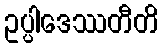
ဥပ္ပါဒေဿတီတိ